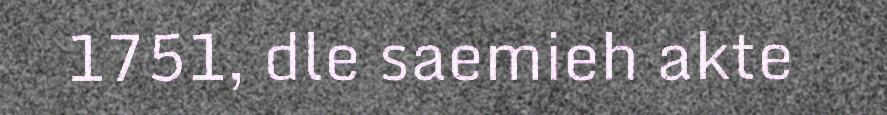
1751, dle saemieh akte